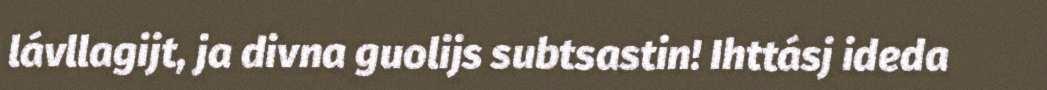
lávllagijt, ja divna guolijs subtsastin! Ihttásj ideda